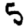
Digit: 5